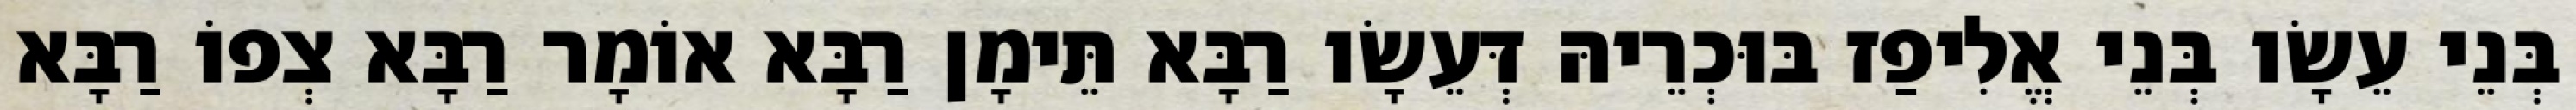
בְּנֵי עֵשָׂו בְּנֵי אֱלִיפַז בּוּכְרֵיהּ דְּעֵשָׂו רַבָּא תֵּימָן רַבָּא אוֹמָר רַבָּא צְפוֹ רַבָּא